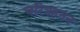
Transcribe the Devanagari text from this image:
चरित्रहनन